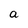
Character: a